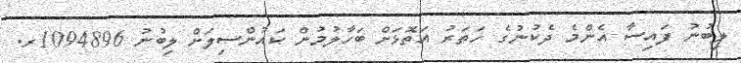
ލިބުނު ފައިސާ އެންމެ ދެކުނުގެ ހަތަރު އަތޮޅަށް ބަހާލުމުން ކައުންސިލަށް ލިބުނު 1094896ރ.